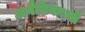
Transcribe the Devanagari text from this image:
अनैतिकाओं